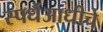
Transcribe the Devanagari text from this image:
स्पर्धैआधीचे